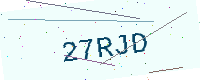
Text: 27RJD